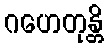
ဂဟေတုန္တိ